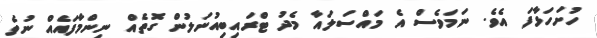
ހުށަހަޅާފަ އެވެ. ނަމަވެސް އެ މައްސަލައާ މެދު ޓްރައިބިއުނަލުން ގޮތެއް ނިންމާފައެއް ނުވެ